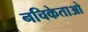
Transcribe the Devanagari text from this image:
नचिकेताओ